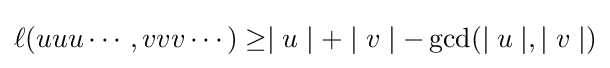
\ell (uuu\cdots ,vvv\cdots )\geq \mid u\mid +\mid v\mid -\gcd(\mid u\mid ,\mid v\mid )